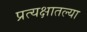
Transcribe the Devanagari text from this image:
प्रत्यक्षातल्या